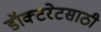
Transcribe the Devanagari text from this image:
डॉक्टरेटसाठी